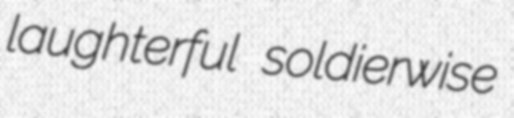
laughterful soldierwise